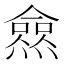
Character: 𰟩